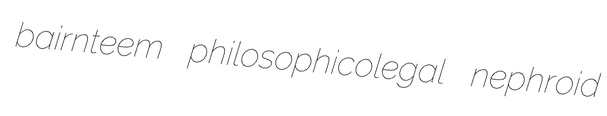
bairnteem philosophicolegal nephroid